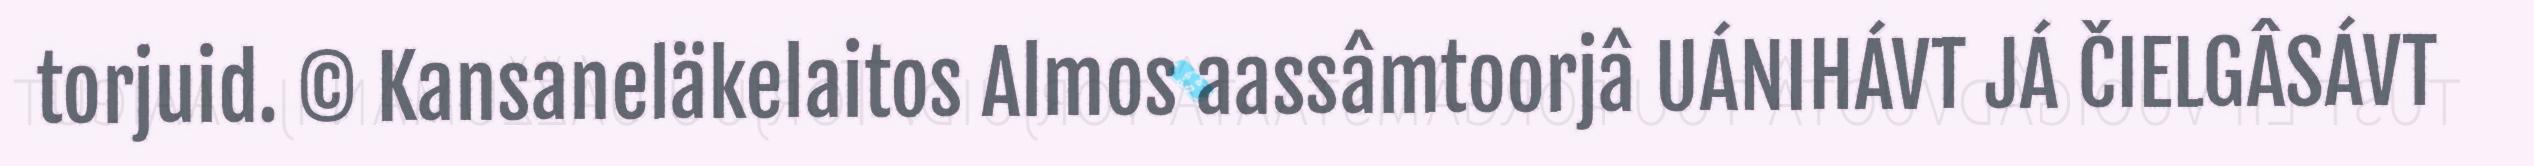
torjuid. © Kansaneläkelaitos Almos aassâmtoorjâ UÁNIHÁVT JÁ ČIELGÂSÁVT